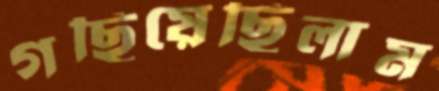
গছিয়েছিলাম